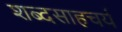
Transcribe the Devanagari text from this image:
शब्दसाहचर्य